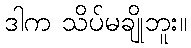
ဒါက သိပ်မချိုဘူး။